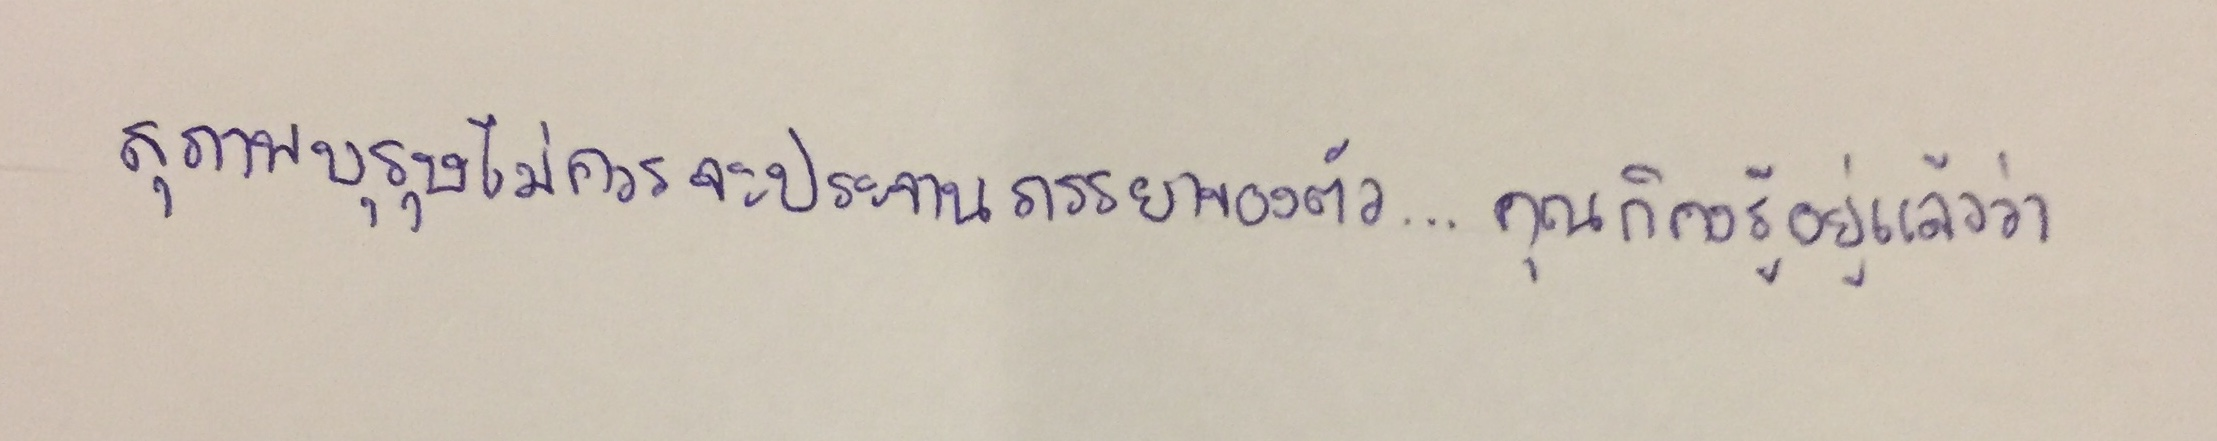
สุภาพบุรุษไม่ควรจะประจานภรรยาของตัว...คุณก็คงรู้อยู่แล้วว่า